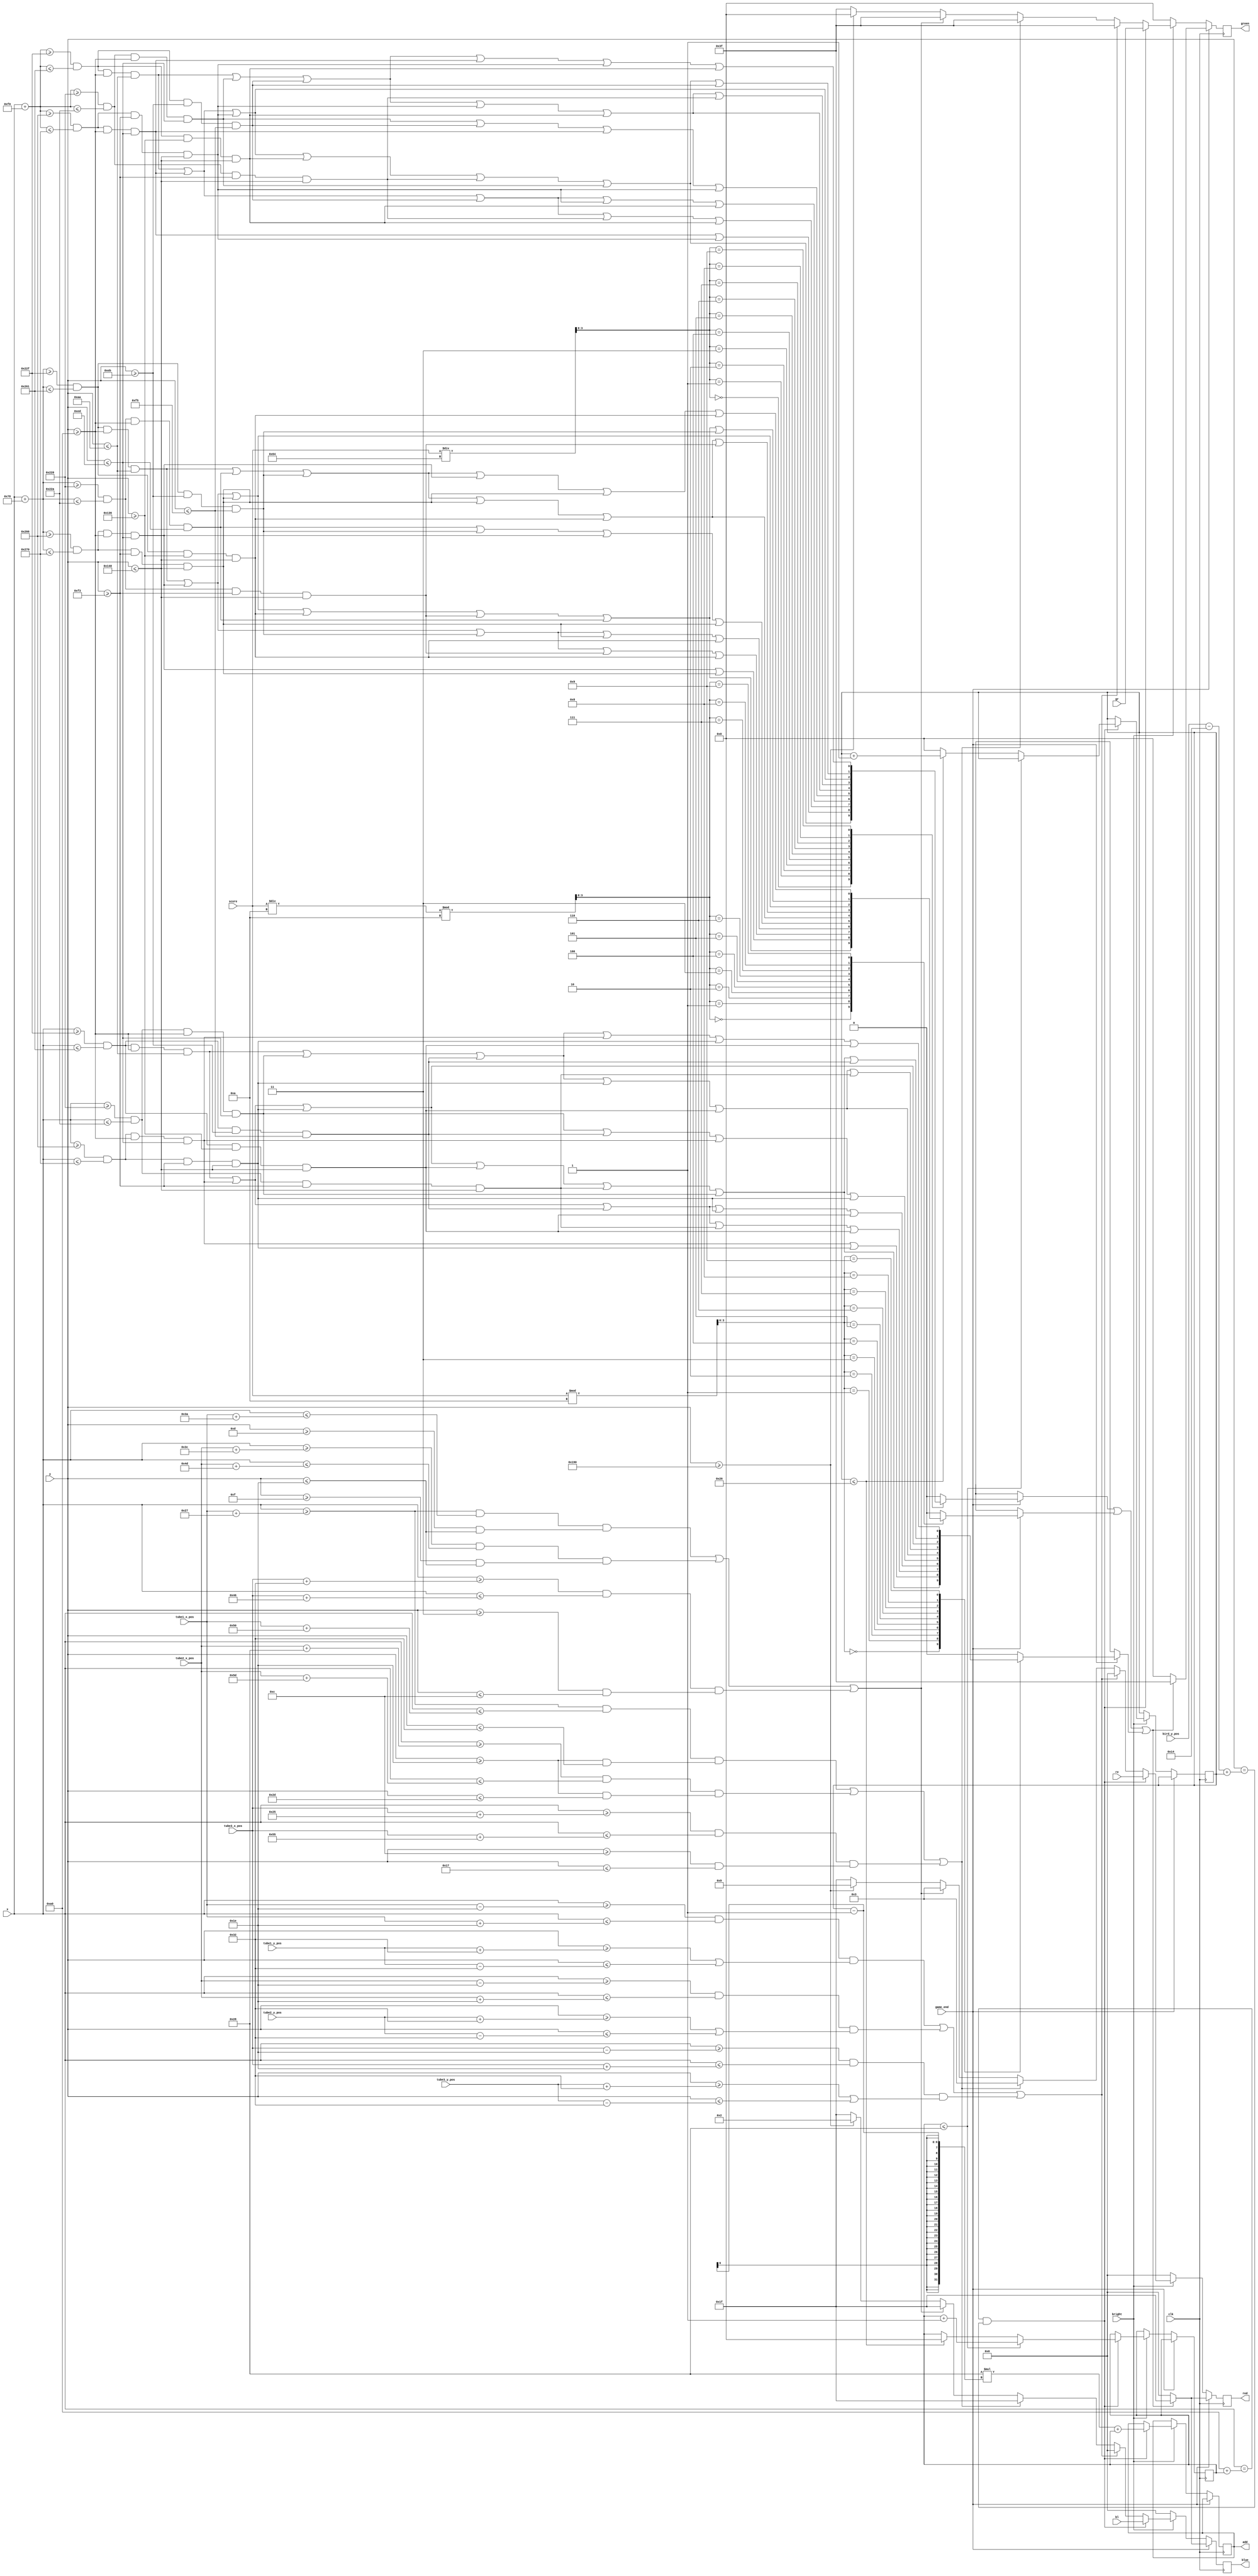
//
module VGA_Bitgen(
	 input clk,
    input bright,
    input [9:0] x,
    input [9:0] y,
	 input [9:0] bird_y_pos,
	 input [9:0] tube1_x_pos,
	 input [9:0] tube1_y_pos,
	 input [9:0] tube2_x_pos,
	 input [9:0] tube2_y_pos,
	 input [9:0] tube3_x_pos,
	 input [9:0] tube3_y_pos,
	 input game_end,
	 input [4:0]re,
	 input [5:0]gr,
	 input [4:0]bl,
	 output reg [10:0]add,
	 input [7:0] score,
    output reg [4:0] red,
	 output reg [5:0] green,
	 output reg [4:0] blue
    );
	

	wire [9:0] bird_x_pos;
	assign bird_x_pos = 10'd180;
	
	reg [5:0] flag=1;
	reg [5:0] flagy=1;
	reg [3:0] dig_2;
	reg [3:0] dig_1;
	reg [3:0] dig_0;
	reg Dig0Seg0, Dig0Seg1, Dig0Seg2, Dig0Seg3, Dig0Seg4, Dig0Seg5, Dig0Seg6;
	reg Dig1Seg0, Dig1Seg1, Dig1Seg2, Dig1Seg3, Dig1Seg4, Dig1Seg5, Dig1Seg6;
	reg Dig2Seg0, Dig2Seg1, Dig2Seg2, Dig2Seg3, Dig2Seg4, Dig2Seg5, Dig2Seg6;
	reg digit_display_2, digit_display_1, digit_display_0;
	
	always @ (posedge clk) begin

		if (~game_end) 
		begin
			if (~bright)
			begin
				red = 5'b0;
				green = 6'b0;
				blue = 5'b0;
			end	
			else if ((x == bird_x_pos - 10'd20+flag)  && (y == bird_y_pos - 10'd20+flagy))
			begin
				add=40*(flagy-1)+flag;
				red = re;
				green = gr;
				blue = bl;
				if(flag<=40)
					flag=flag+1;
				else if(flagy<=38)
					begin
						flag=0;
						flagy=flagy+1;
					end
				else	flagy=0;
			end	
			else if (
				((x >= tube1_x_pos - 10'd30) && (x <= tube1_x_pos + 10'd30) && ((y >= tube1_y_pos + 10'd50) || (y <= tube1_y_pos - 10'd50))) || 
				((x >= tube2_x_pos - 10'd30) && (x <= tube2_x_pos + 10'd30) && ((y >= tube2_y_pos + 10'd50) || (y <= tube2_y_pos - 10'd50))) || 
				((x >= tube3_x_pos - 10'd30) && (x <= tube3_x_pos + 10'd30) && ((y >= tube3_y_pos + 10'd50) || (y <= tube3_y_pos - 10'd50)))
				)
				begin
				red = 5'b0;
				green = 6'b111111;//
				blue = 5'b0; 
				end
			else if (
				((x >= tube1_x_pos + 10'd39) && (x <= tube1_x_pos + 10'd80) && ((y >= 10'd30) && (y <= 10'd50))) || 
				((x >= tube2_x_pos + 10'd40) && (x <= tube2_x_pos + 10'd93) && ((y >= 10'd30) && (y <= 10'd45))) || 
				((x >= tube3_x_pos + 10'd37) && (x <= tube3_x_pos + 10'd85) && ((y >= 10'd12) && (y <= 10'd23)))
				)
				begin
				red = 5'b00011;
				green = 6'b111111;//1
				blue = 5'b11111; 
				end
			else if (
				((x >= tube1_x_pos + 10'd39) && (x <= tube1_x_pos + 10'd58) && ((y >= 10'd13) && (y <= 10'd30))) || 
				((x >= tube2_x_pos + 10'd60) && (x <= tube2_x_pos + 10'd77) && ((y >= 10'd15) && (y <= 10'd30))) || 
				((x >= tube3_x_pos + 10'd50) && (x <= tube3_x_pos + 10'd70) && ((y >= 10'd3) && (y <= 10'd12)))
				)
				begin
				red = 5'b00011;
				green = 6'b111111;//2
				blue = 5'b11111; 
				end
			else if(y>=400)
				begin
				red=5'b01001;
				green=6'b0;
				blue=5'b00010;//
				end
			else
			begin
				red = 5'b11111;
				green = 6'b111111;
				blue = 5'b11111;//
				end
		end
		
		else begin
			
			dig_2 = score / 8'd100;
			dig_1 = (score / 8'd10) % 8'd10;
			dig_0 = score % 8'd10;
			
			
			Dig0Seg0 = ((x >= 10'd559) & (x <= 10'd609) & (y >= 10'd160) & (y <= 10'd170));
			Dig0Seg1 = ((x >= 10'd614) & (x <= 10'd624) & (y >= 10'd160) & (y <= 10'd237));
			Dig0Seg2 = ((x >= 10'd614) & (x <= 10'd624) & (y >= 10'd243) & (y <= 10'd320));
			Dig0Seg3 = ((x >= 10'd559) & (x <= 10'd609) & (y >= 10'd310) & (y <= 10'd320));
			Dig0Seg4 = ((x >= 10'd544) & (x <= 10'd554) & (y >= 10'd243) & (y <= 10'd320));
			Dig0Seg5 = ((x >= 10'd544) & (x <= 10'd554) & (y >= 10'd160) & (y <= 10'd237));
			Dig0Seg6 = ((x >= 10'd559) & (x <= 10'd609) & (y >= 10'd235) & (y <= 10'd245));

			Dig1Seg0 = ((x + 10'd120 >= 10'd559) & (x + 10'd120 <= 10'd609) & (y >= 10'd160) & (y <= 10'd170));
			Dig1Seg1 = ((x + 10'd120 >= 10'd614) & (x + 10'd120 <= 10'd624) & (y >= 10'd160) & (y <= 10'd237));
			Dig1Seg2 = ((x + 10'd120 >= 10'd614) & (x + 10'd120 <= 10'd624) & (y >= 10'd243) & (y <= 10'd320));
			Dig1Seg3 = ((x + 10'd120 >= 10'd559) & (x + 10'd120 <= 10'd609) & (y >= 10'd310) & (y <= 10'd320));
			Dig1Seg4 = ((x + 10'd120 >= 10'd544) & (x + 10'd120 <= 10'd554) & (y >= 10'd243) & (y <= 10'd320));
			Dig1Seg5 = ((x + 10'd120 >= 10'd544) & (x + 10'd120 <= 10'd554) & (y >= 10'd160) & (y <= 10'd237));
			Dig1Seg6 = ((x + 10'd120 >= 10'd559) & (x + 10'd120 <= 10'd609) & (y >= 10'd235) & (y <= 10'd245));
	
			Dig2Seg0 = ((x + 10'd240 >= 10'd559) & (x + 10'd240 <= 10'd609) & (y >= 10'd160) & (y <= 10'd170));
			Dig2Seg1 = ((x + 10'd240 >= 10'd614) & (x + 10'd240 <= 10'd624) & (y >= 10'd160) & (y <= 10'd237));
			Dig2Seg2 = ((x + 10'd240 >= 10'd614) & (x + 10'd240 <= 10'd624) & (y >= 10'd243) & (y <= 10'd320));
			Dig2Seg3 = ((x + 10'd240 >= 10'd559) & (x + 10'd240 <= 10'd609) & (y >= 10'd310) & (y <= 10'd320));
			Dig2Seg4 = ((x + 10'd240 >= 10'd544) & (x + 10'd240 <= 10'd554) & (y >= 10'd243) & (y <= 10'd320));
			Dig2Seg5 = ((x + 10'd240 >= 10'd544) & (x + 10'd240 <= 10'd554) & (y >= 10'd160) & (y <= 10'd237));
			Dig2Seg6 = ((x + 10'd240 >= 10'd559) & (x + 10'd240 <= 10'd609) & (y >= 10'd235) & (y <= 10'd245));
			
			
			case (dig_2)
				8'd0: digit_display_2 = (Dig2Seg0 | Dig2Seg1 | Dig2Seg2 | Dig2Seg3 | Dig2Seg4 | Dig2Seg5);
				8'd1: digit_display_2 = (Dig2Seg1 | Dig2Seg2);
				8'd2: digit_display_2 = (Dig2Seg0 | Dig2Seg1 | Dig2Seg6 | Dig2Seg4 | Dig2Seg3);
				8'd3: digit_display_2 = (Dig2Seg0 | Dig2Seg1 | Dig2Seg6 | Dig2Seg2 | Dig2Seg3);
				8'd4: digit_display_2 = (Dig2Seg5 | Dig2Seg6 | Dig2Seg1 | Dig2Seg2);
				8'd5: digit_display_2 = (Dig2Seg0 | Dig2Seg5 | Dig2Seg6 | Dig2Seg2 | Dig2Seg3);
				8'd6: digit_display_2 = (Dig2Seg0 | Dig2Seg5 | Dig2Seg6 | Dig2Seg2 | Dig2Seg3 | Dig2Seg4);
				8'd7: digit_display_2 = (Dig2Seg0 | Dig2Seg1 | Dig2Seg2);
				8'd8: digit_display_2 = (Dig2Seg0 | Dig2Seg1 | Dig2Seg2 | Dig2Seg3 | Dig2Seg4 | Dig2Seg5 | Dig2Seg6);
				8'd9: digit_display_2 = (Dig2Seg0 | Dig2Seg5 | Dig2Seg6 | Dig2Seg1 | Dig2Seg2 | Dig2Seg3);
				default: digit_display_2 = 1'b0;
			endcase

			case (dig_1)
				8'd0: digit_display_1 = (Dig1Seg0 | Dig1Seg1 | Dig1Seg2 | Dig1Seg3 | Dig1Seg4 | Dig1Seg5);
				8'd1: digit_display_1 = (Dig1Seg1 | Dig1Seg2);
				8'd2: digit_display_1 = (Dig1Seg0 | Dig1Seg1 | Dig1Seg6 | Dig1Seg4 | Dig1Seg3);
				8'd3: digit_display_1 = (Dig1Seg0 | Dig1Seg1 | Dig1Seg6 | Dig1Seg2 | Dig1Seg3);
				8'd4: digit_display_1 = (Dig1Seg5 | Dig1Seg6 | Dig1Seg1 | Dig1Seg2);
				8'd5: digit_display_1 = (Dig1Seg0 | Dig1Seg5 | Dig1Seg6 | Dig1Seg2 | Dig1Seg3);
				8'd6: digit_display_1 = (Dig1Seg0 | Dig1Seg5 | Dig1Seg6 | Dig1Seg2 | Dig1Seg3 | Dig1Seg4);
				8'd7: digit_display_1 = (Dig1Seg0 | Dig1Seg1 | Dig1Seg2);
				8'd8: digit_display_1 = (Dig1Seg0 | Dig1Seg1 | Dig1Seg2 | Dig1Seg3 | Dig1Seg4 | Dig1Seg5 | Dig1Seg6);
				8'd9: digit_display_1 = (Dig1Seg0 | Dig1Seg5 | Dig1Seg6 | Dig1Seg1 | Dig1Seg2 | Dig1Seg3);
				default: digit_display_1 = 1'b0;
			endcase

			case (dig_0)
				8'd0: digit_display_0 = (Dig0Seg0 | Dig0Seg1 | Dig0Seg2 | Dig0Seg3 | Dig0Seg4 | Dig0Seg5);
				8'd1: digit_display_0 = (Dig0Seg1 | Dig0Seg2);
				8'd2: digit_display_0 = (Dig0Seg0 | Dig0Seg1 | Dig0Seg6 | Dig0Seg4 | Dig0Seg3);
				8'd3: digit_display_0 = (Dig0Seg0 | Dig0Seg1 | Dig0Seg6 | Dig0Seg2 | Dig0Seg3);
				8'd4: digit_display_0 = (Dig0Seg5 | Dig0Seg6 | Dig0Seg1 | Dig0Seg2);
				8'd5: digit_display_0 = (Dig0Seg0 | Dig0Seg5 | Dig0Seg6 | Dig0Seg2 | Dig0Seg3);
				8'd6: digit_display_0 = (Dig0Seg0 | Dig0Seg5 | Dig0Seg6 | Dig0Seg2 | Dig0Seg3 | Dig0Seg4);
				8'd7: digit_display_0 = (Dig0Seg0 | Dig0Seg1 | Dig0Seg2);
				8'd8: digit_display_0 = (Dig0Seg0 | Dig0Seg1 | Dig0Seg2 | Dig0Seg3 | Dig0Seg4 | Dig0Seg5 | Dig0Seg6);
				8'd9: digit_display_0 = (Dig0Seg0 | Dig0Seg5 | Dig0Seg6 | Dig0Seg1 | Dig0Seg2 | Dig0Seg3);
				default: digit_display_0 = 1'b0;
			endcase
			
		
			if (digit_display_2 | digit_display_1 | digit_display_0)
			begin
				
				red = 8'b11111111;
				green = 8'b11111111;
				blue = 8'b11111111;
			end
			else
			begin
			
				red = 8'b00000000;
				green = 8'b00000000;
				blue = 8'b00000000;
			end	
		end
	end
	//
endmodule